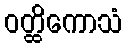
ဝတ္ထိကောသံ